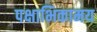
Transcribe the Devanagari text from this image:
पक्षाभिकामय